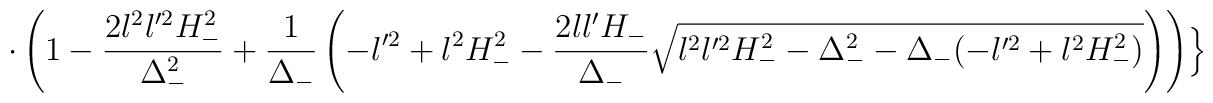
\cdot \left( 1-\frac{2l^{2}l'^{2}H_{-}^{2}}{\Delta_{-}^{2}}+\frac{1}{\Delta_{-}}\left( -l'^{2}+l^{2}H_{-}^{2}-\frac{2ll'H_{-}}{\Delta_{-}}\sqrt{l^{2}l'^{2}H_{-}^{2}-\Delta_{-}^{2}-\Delta_{-} (-l'^{2} +l^{2}H_{-}^{2})}\right)\right) \Bigr\}